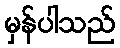
မှန်ပါသည်